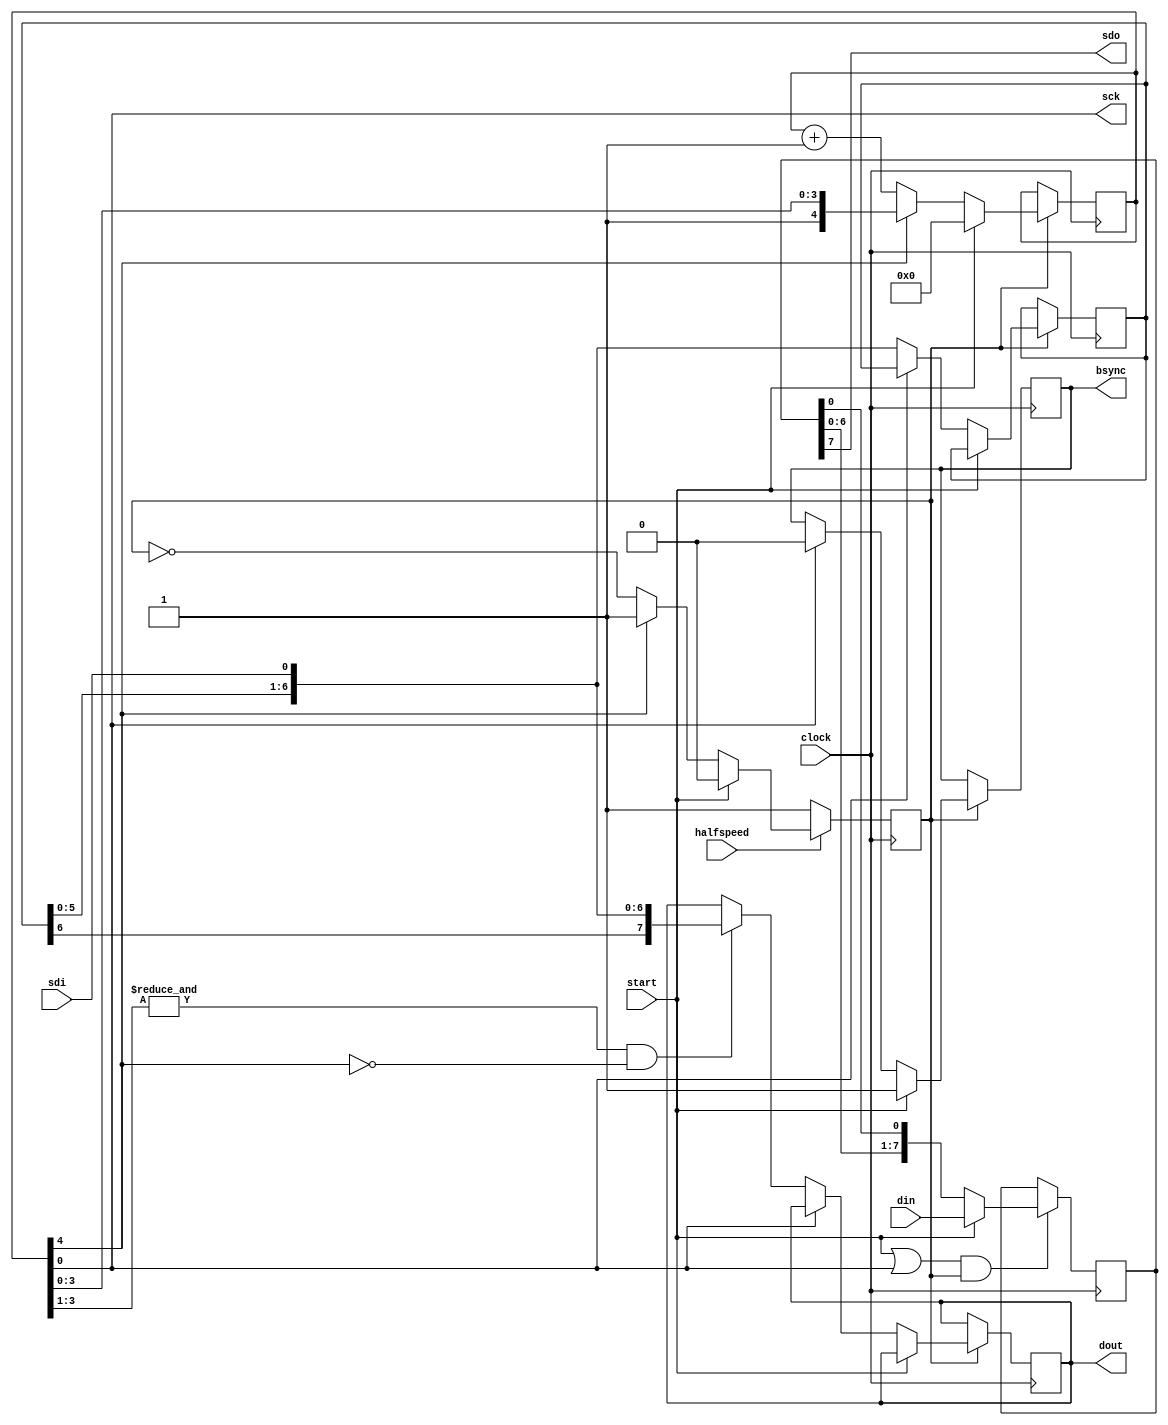
module spi(

	clock, // system clock

	sck,   // SPI bus outputs
	sdo,   //
	sdi,   //
	bsync, // and bsync for vs1001

	start, // positive strobe that starts transfer

	halfspeed, // =0 - sck full speed (1/2 of clock), =1 - half (1/4 of clock)

	din,  // input
	dout  // and output 8bit busses
);

	input clock;


	output sck;
	wire   sck;

	output sdo;

	input sdi;

	output reg bsync;

	input start;

	input halfspeed;

	input [7:0] din;

	output reg [7:0] dout;



	// internal regs

	reg [4:0] counter; // governs transmission

	wire enable_n; // =1 when transmission in progress

	reg [6:0] shiftin; // shifting in data from sdi before emitting it on dout

	reg [7:0] shiftout; // shifting out data to the sdo

	wire ena_shout_load; // enable load of shiftout register

	reg g_ena;


	initial // for simulation only!
	begin
		counter = 5'b10000;
		shiftout = 8'd0;
		shiftout = 7'd0;
		bsync = 1'd0;
		dout <= 1'b0;
	end




	// sck is low bit of counter
	assign sck = counter[0];

	// enable_n is high bit of counter
	assign enable_n = counter[4];

	// sdo is high bit of shiftout
	assign sdo = shiftout[7];

	assign ena_shout_load = (start | sck) & g_ena;




	always @(posedge clock)
	begin
		if( g_ena )
		begin
			if( start )
			begin
				counter <= 5'b00000; // enable_n = 0; sck = 0;
				bsync <= 1'b1; // begin bsync pulse
			end
			else
			begin
				if( !sck ) // on the rising edge of sck
				begin
      	                  shiftin[6:0] <= { shiftin[5:0], sdi };

					if( (&counter[3:1]) && (!enable_n) )
						dout <= { shiftin[6:0], sdi }; // update dout at the last sck rising edge
				end
				else // on the falling edge of sck
				begin
					bsync <= 1'b0;
				end

				if( !enable_n )
					counter <= counter + 5'd1;
			end
		end
	end


	// shiftout treatment is done so just to save LCELLs in acex1k
	always @(posedge clock)
	begin
		if( ena_shout_load )
		begin
			if( start )
				shiftout <= din;
			else // sck
				shiftout[7:0] <= { shiftout[6:0], shiftout[0] }; // last bit remains after end of exchange
		end
	end


	// half speed - governed by g_ena
	always @(posedge clock)
	begin
		if( halfspeed )
		begin
			if( start )
				g_ena <= 1'b0;
			else if( enable_n )
				g_ena <= 1'b1;
			else
				g_ena <= ~g_ena;
		end
		else
			g_ena <= 1'b1;
	end



endmodule